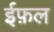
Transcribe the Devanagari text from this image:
ईफ़ल